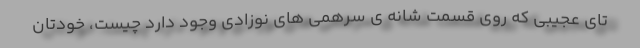
تای عجیبی که روی قسمت شانه ی سرهمی های نوزادی وجود دارد چیست، خودتان